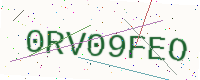
Text: 0RV09FEO